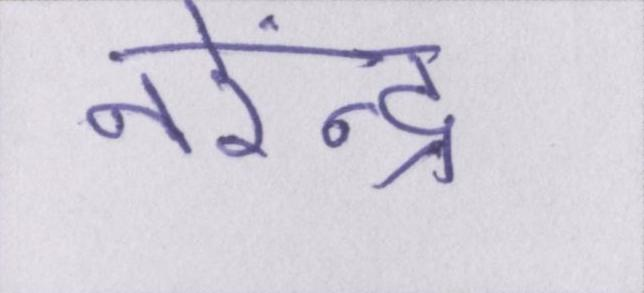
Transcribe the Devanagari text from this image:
नरेंन्द्र